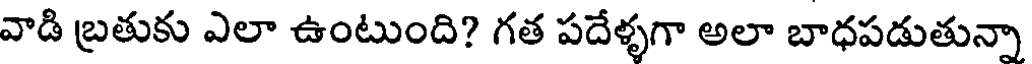
వాడి బ్రతుకు ఎలా ఉంటుంది? గత పదేళ్ళగా అలా బాధపడుతున్నా